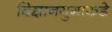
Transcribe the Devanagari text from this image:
विज्ञानयुगाकडे